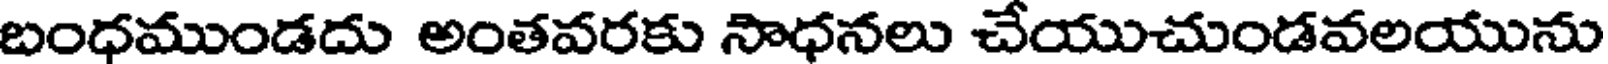
బంధముండదు అంతవరకు సాధనలు చేయుచుండవలయును